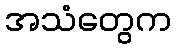
အသံတွေက